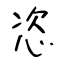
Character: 恣